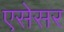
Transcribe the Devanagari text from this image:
एसेसर